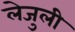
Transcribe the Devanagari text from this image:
लेजुली